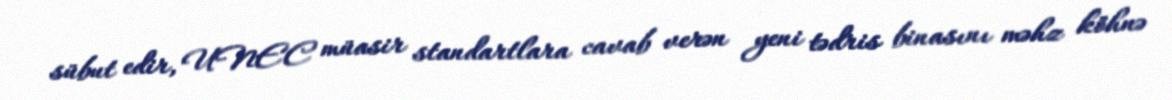
sübut edir, UNEC müasir standartlara cavab verən yeni tədris binasını məhz köhnə